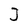
Character: J